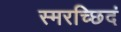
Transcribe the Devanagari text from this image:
स्मरच्छिदं